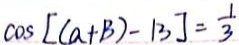
\cos [ ( a + B ) - 1 3 ] = \frac { 1 } { 3 }